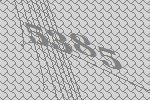
5385